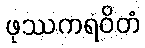
ဖုဿကရဝိတံ